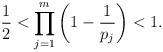
LaTeX: \begin{align*}\frac{1}{2}< \prod_{j=1}^m \bigg (1-\frac{1}{p_j}\bigg)<1.\end{align*}